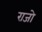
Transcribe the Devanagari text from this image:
राजो